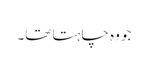
جو وہ چاہتا تھا۔